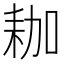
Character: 耞